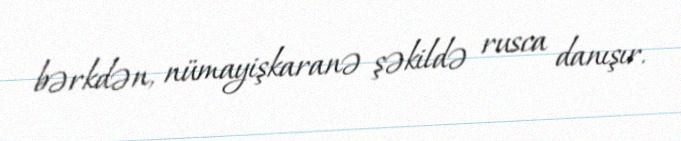
bərkdən, nümayişkaranə şəkildə rusca danışır.